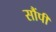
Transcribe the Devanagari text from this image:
सौंपीं